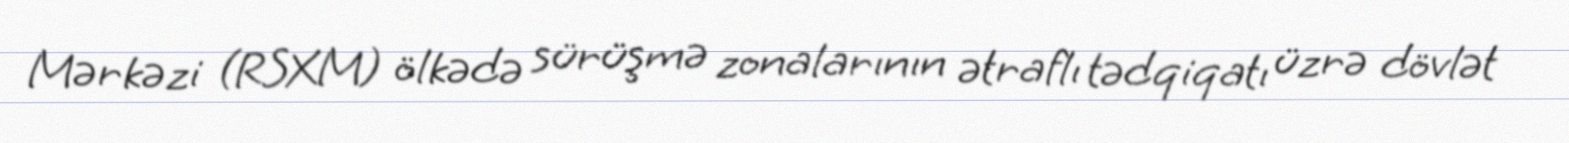
Mərkəzi (RSXM) ölkədə sürüşmə zonalarının ətraflı tədqiqatı üzrə dövlət